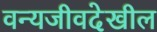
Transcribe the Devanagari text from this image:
वन्यजीवदेखील